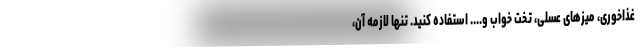
غذاخوری، میزهای عسلی، تخت خواب و.... استفاده کنید. تنها لازمه آن،